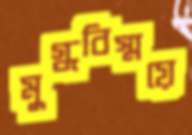
মুগ্ধবিস্ময়ে